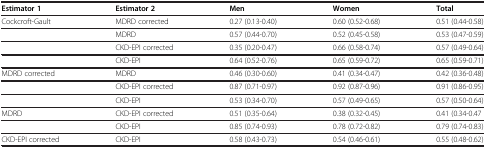
<table><thead><tr><td><b>Estimator 1</b></td><td><b>Estimator 2</b></td><td><b>Men</b></td><td><b>Women</b></td><td><b>Total</b></td></tr></thead><tbody><tr><td>Cockcroft-Gault</td><td>MDRD corrected</td><td>0.27 (0.13-0.40)</td><td>0.60 (0.52-0.68)</td><td>0.51 (0.44-0.58)</td></tr><tr><td> </td><td>MDRD</td><td>0.57 (0.44-0.70)</td><td>0.52 (0.45-0.58)</td><td>0.53 (0.47-0.59)</td></tr><tr><td> </td><td>CKD-EPI corrected</td><td>0.35 (0.20-0.47)</td><td>0.66 (0.58-0.74)</td><td>0.57 (0.49-0.64)</td></tr><tr><td> </td><td>CKD-EPI</td><td>0.64 (0.52-0.76)</td><td>0.65 (0.59-0.72)</td><td>0.65 (0.59-0.71)</td></tr><tr><td>MDRD corrected</td><td>MDRD</td><td>0.46 (0.30-0.60)</td><td>0.41 (0.34-0.47)</td><td>0.42 (0.36-0.48)</td></tr><tr><td> </td><td>CKD-EPI corrected</td><td>0.87 (0.71-0.97)</td><td>0.92 (0.87-0.96)</td><td>0.91 (0.86-0.95)</td></tr><tr><td> </td><td>CKD-EPI</td><td>0.53 (0.34-0.70)</td><td>0.57 (0.49-0.65)</td><td>0.57 (0.50-0.64)</td></tr><tr><td>MDRD</td><td>CKD-EPI corrected</td><td>0.51 (0.35-0.64)</td><td>0.38 (0.32-0.45)</td><td>0.41 (0.34-0.47</td></tr><tr><td> </td><td>CKD-EPI</td><td>0.85 (0.74-0.93)</td><td>0.78 (0.72-0.82)</td><td>0.79 (0.74-0.83)</td></tr><tr><td>CKD-EPI corrected</td><td>CKD-EPI</td><td>0.58 (0.43-0.73)</td><td>0.54 (0.46-0.61)</td><td>0.55 (0.48-0.62)</td></tr></tbody></table>